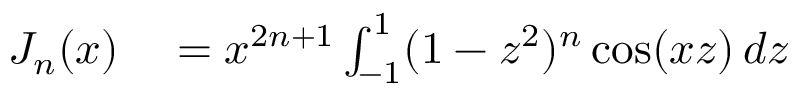
\begin{array} { r l } { J _ { n } ( x ) } & { { } = x ^ { 2 n + 1 } \int _ { - 1 } ^ { 1 } ( 1 - z ^ { 2 } ) ^ { n } \cos ( x z ) \, d z } \end{array}